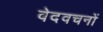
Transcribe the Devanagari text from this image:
वेदवचनों